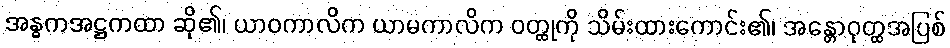
အန္ဓကအဋ္ဌကထာ ဆို၏၊ ယာဝကာလိက ယာမကာလိက ဝတ္ထုကို သိမ်းထားကောင်း၏၊ အန္တောဝုတ္ထအပြစ်